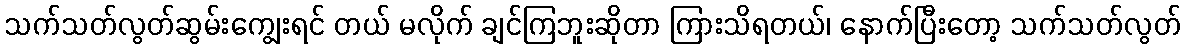
သက်သတ်လွတ်ဆွမ်းကျွေးရင် တယ် မလိုက် ချင်ကြဘူးဆိုတာ ကြားသိရတယ်၊ နောက်ပြီးတော့ သက်သတ်လွတ်